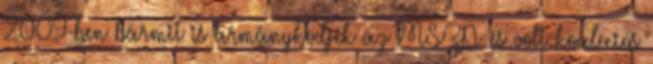
2009-ben bármit is ár­mánykodjék az MSZP és volt koalíciós